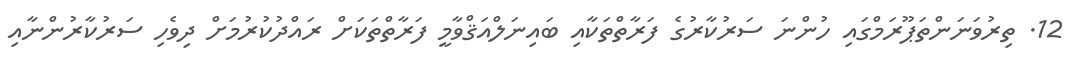
12. ތިރުވަނަންތަޕޫރަމްގައި ހުންނަ ސަރުކާރުގެ ފަރާތްތަކާއި ބައިނަލްއަޤްވާމީ ފަރާތްތަކަށް ރައްދުކުރުމަށް ދިވެހި ސަރުކާރުންނާއި